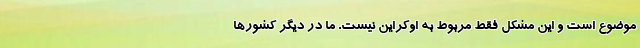
موضوع است و این مشکل فقط مربوط به اوکراین نیست. ما در دیگر کشورها